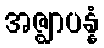
အဇ္ဈာပန္နံ